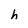
Character: h